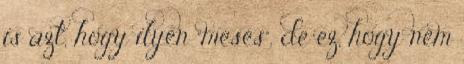
is azt, hogy ilyen “mesés”, de ez, hogy nem